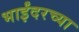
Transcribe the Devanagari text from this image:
भाईंदरच्या